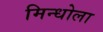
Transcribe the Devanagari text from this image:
मिन्धोला